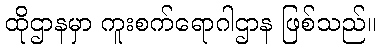
ထိုဌာနမှာ ကူးစက်ရောဂါဌာန ဖြစ်သည်။